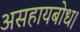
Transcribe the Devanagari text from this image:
असहायबोध।